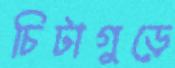
চিটাগুড়ে